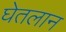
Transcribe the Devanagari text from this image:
घेतलान